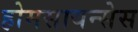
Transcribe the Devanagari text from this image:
होमसायन्सेस